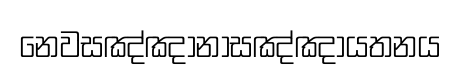
නෙවසඤ්ඤානාසඤ්ඤායතනය